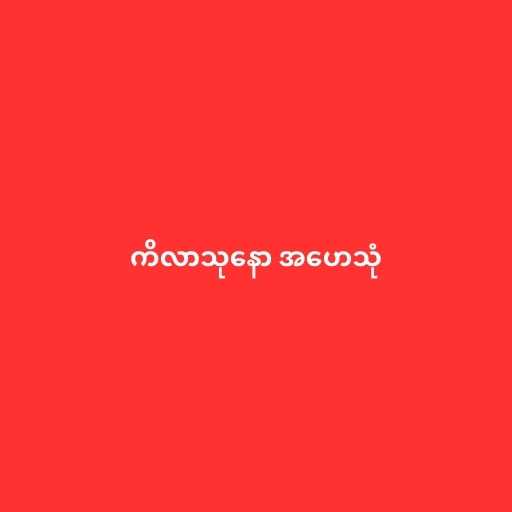
ကိလာသုနော အဟေသုံ